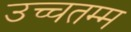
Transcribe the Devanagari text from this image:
उच्चतम्म